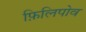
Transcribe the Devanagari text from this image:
फ़िलिपोव